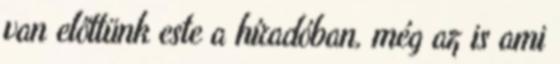
van előttünk este a híradóban, még az is ami